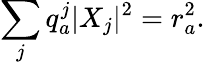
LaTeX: \sum_{j}q_{a}^{j}|X_{j}|^{2}=r_{a}^{2}.